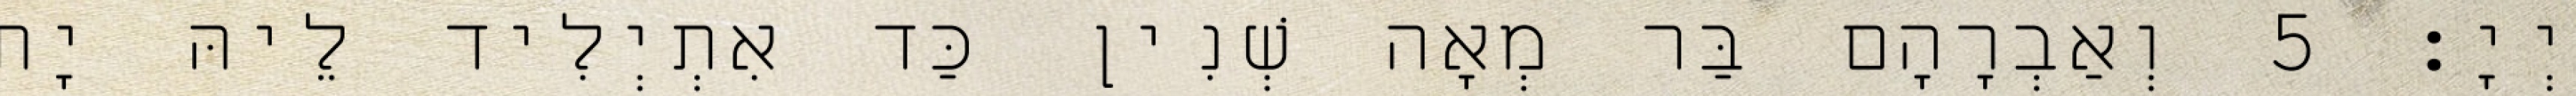
יְיָ׃ 5 וְאַבְרָהָם בַּר מְאָה שְׁנִין כַּד אִתְיְלִיד לֵיהּ יָת